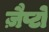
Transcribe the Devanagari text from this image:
ज़ैप्टो